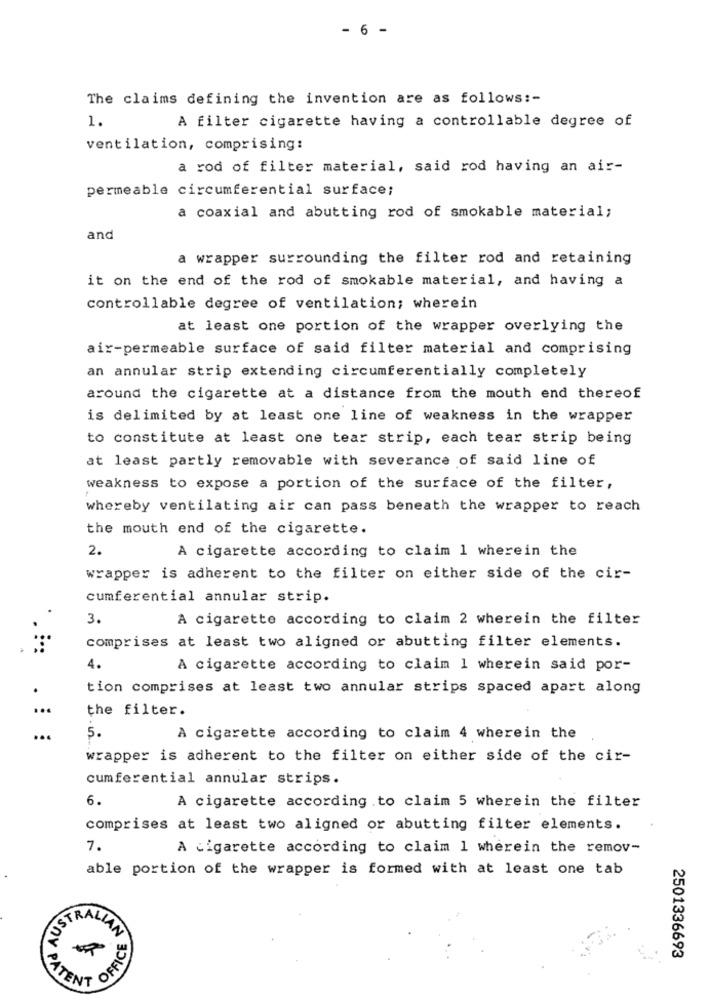
- 6 -
The claims defining the invention are as follows :-
1.
A filter cigarette having a controllable degree of
ventilation, comprising:
a rod of filter material, said rod having an air-
permeable circumferential surface;
a coaxial and abutting rod of smokable material;
and
a wrapper surrounding the filter rod and retaining
it on the end of the rod of smokable material, and having a
controllable degree of ventilation; wherein
at least one portion of the wrapper overlying the
air-permeable surface of said filter material and comprising
an annular strip extending circumferentially completely
around the cigarette at a distance from the mouth end thereof
is delimited by at least one line of weakness in the wrapper
to constitute at least one tear strip, each tear strip being
at least partly removable with severance of said line of
weakness to expose a portion of the surface of the filter,
whereby ventilating air can pass beneath the wrapper to reach
the mouth end of the cigarette.
2.
A cigarette according to claim 1 wherein the
wrapper is adherent to the filter on either side of the cir-
cumferential annular strip.
3.
A cigarette according to claim 2 wherein the filter
comprises at least two aligned or abutting filter elements.
4.
A cigarette according to claim 1 wherein said por-
tion comprises at least two annular strips spaced apart along
the filter.
5.
A cigarette according to claim 4 wherein the
wrapper is adherent to the filter on either side of the cir-
cumferential annular strips.
6.
A cigarette according to claim 5 wherein the filter
comprises at least two aligned or abutting filter elements.
7.
A cigarette according to claim 1 wherein the remov-
able portion of the wrapper is formed with at least one tab
STRALIAN
OFFIC
2501336693
PATENT